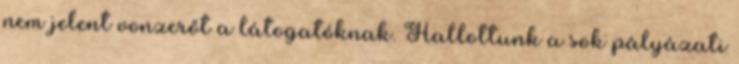
nem jelent vonzerőt a látogatóknak. Hallottunk a sok pályázati